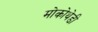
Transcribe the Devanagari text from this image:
मोकोथेडी